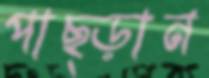
পাছ্‌ড়ান